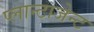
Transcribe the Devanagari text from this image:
प्लान्टाजेन्ट